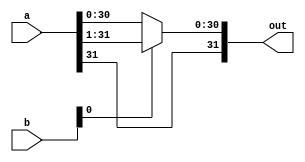
module srlop(
    input [31:0] a,
    input [31:0] b ,
    output [31:0] out
    );

    //This is the behavioural version.
    reg [31:0] out;

    always @(a or b)
    begin
    if (b[0] == 1)
        out = ($signed(a)>>>1);
        else
            out =a;
    end

endmodule